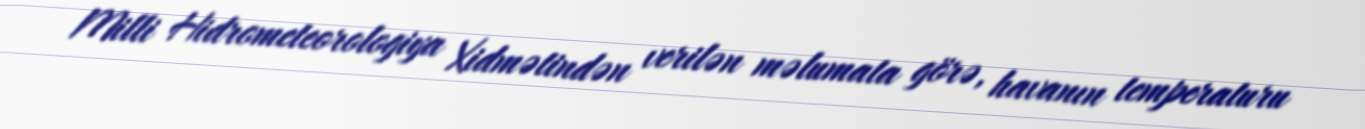
Milli Hidrometeorologiya Xidmətindən verilən məlumata görə, havanın temperaturu